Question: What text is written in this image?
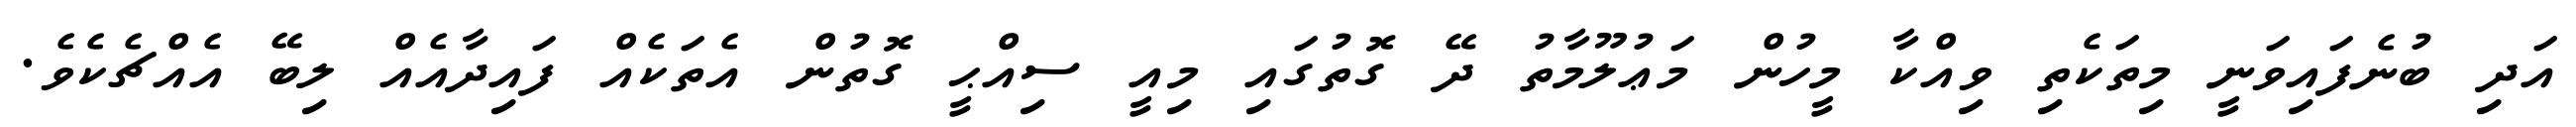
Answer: އަދި ބުނެފައިވަނީ މިތަކެތި ވިއްކާ މީހުން މަޢުލޫމާތު ދޭ ގޮތުގައި މިއީ ސިއްޙީ ގޮތުން އެތަކެއް ފައިދާއެއް ލިބޭ އެއްޗެކެވެ.